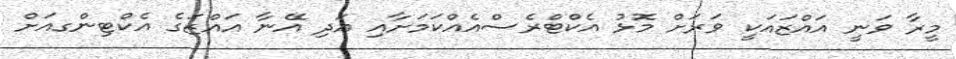
މީރާ ވަނީ އައްޒައަކީ ވަަރަށް މޮޅު އެކްޓްރެސްއެއްކަމަށާއި އަދި އޭނާ އައްޒަގެ އެކްޓިންގއަށް